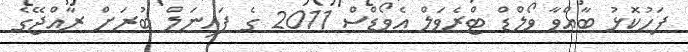
ފަހުކޮޅު ބާއްވާ ވޯލްޑް ޓްރެވަލް އެވޯޑްސް 2011 ގެ ފައިނަލް ބުރަށް ރާއްޖޭގެ